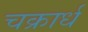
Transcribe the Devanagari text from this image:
चक्रार्ध